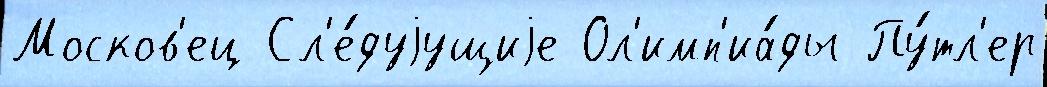
Москов'ец Сл'е́дуjущиjе Ол'имп'иа́ды Пу́тл'ер